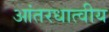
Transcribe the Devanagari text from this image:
आंतरधात्वीय